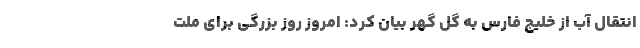
انتقال آب از خلیج فارس به گل گهر بیان کرد: امروز روز بزرگی برای ملت